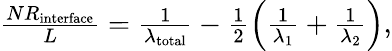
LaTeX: \begin{array}{r}{\frac{NR_{\textrm{interface}}}{L}=\frac{1}{\lambda_{\textrm{total}}}-\frac{1}{2}\left(\frac{1}{\lambda_{1}}+\frac{1}{\lambda_{2}}\right),}\end{array}